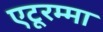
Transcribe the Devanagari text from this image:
एटूरम्मा